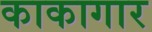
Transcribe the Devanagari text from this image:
काकागार